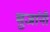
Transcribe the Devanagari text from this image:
भुजांनी